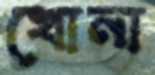
খোনা